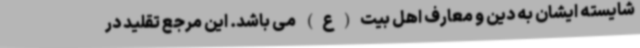
شایسته ایشان به دین و معارف اهل بیت(ع) می باشد. این مرجع تقلید در